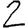
Digit: 2